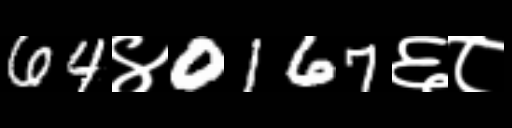
Text: 64४0167६८